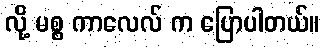
လို့ မစ္စ ကာလေလ် က ပြောပါတယ်။